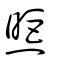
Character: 煚